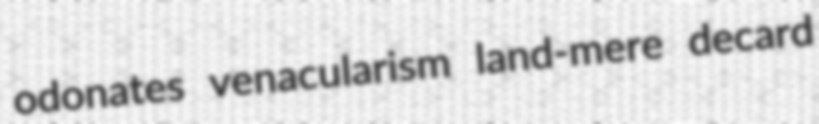
odonates venacularism land-mere decard